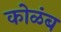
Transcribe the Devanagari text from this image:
कोळंब